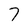
Character: 7